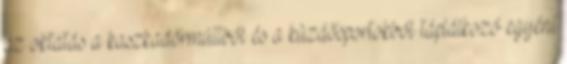
az oktatás a kaszkadőrmúltból és a küzdősportokból táplálkozó egyéní